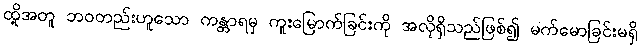
ထို့အတူ ဘဝတည်းဟူသော ကန္တာရမှ ကူးမြောက်ခြင်းကို အလိုရှိသည်ဖြစ်၍ မက်မောခြင်းမရှိ